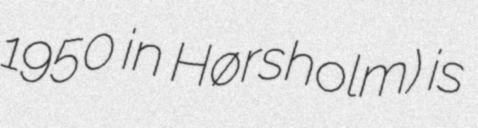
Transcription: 1950 in Hørsholm) is